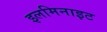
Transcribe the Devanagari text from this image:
इलमिनाइट